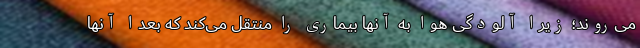
می‌روند؛ زیرا آلودگی هوا به آنها بیماری را منتقل می‌کند که بعدا آنها